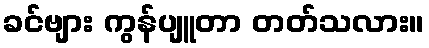
ခင်ဗျား ကွန်ပျူတာ တတ်သလား။